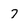
Character: 7